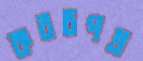
কবচপত্র